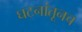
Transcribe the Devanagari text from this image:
घटनांतूनच